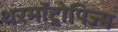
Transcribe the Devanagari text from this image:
थरमॉट्रोपिज्म